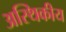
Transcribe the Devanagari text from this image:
अस्थिकीय